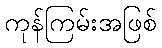
ကုန်ကြမ်းအဖြစ်